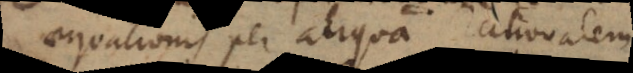
aequationis per aliquam rationale